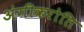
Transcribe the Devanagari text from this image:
अंगीकरोति